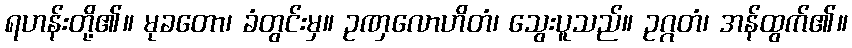
ရဟန်းတို့၏။ မုခတော၊ ခံတွင်းမှ။ ဥဏှလောဟိတံ၊ သွေးပူသည်။ ဥဂ္ဂတံ၊ အန်ထွက်၏။